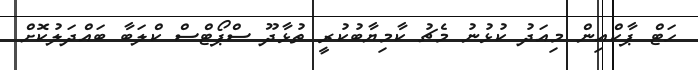
ހަޓް ޕާކްއިން މިއަދު ކުޅުނު މެޗު ކާމިޔާބުކުރީ ތުޅާދޫ ސްޕޯޓްސް ކްލަބާ ބައްދަލުކޮށް